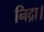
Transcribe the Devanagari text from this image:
निद्रा।